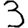
Digit: 3